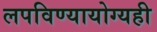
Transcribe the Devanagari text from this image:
लपविण्यायोग्यही